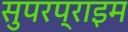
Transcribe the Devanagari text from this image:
सुपरप्राइम